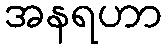
အနရဟာ